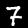
Label: 7